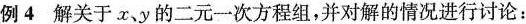
例4 解关于x、y的二元一次方程组，并对解的情况进行讨论：